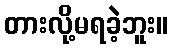
တားလို့မရခဲ့ဘူး။